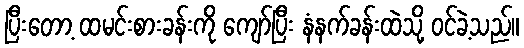
ပြီးတော့ ထမင်းစားခန်းကို ကျော်ပြီး နံနက်ခန်းထဲသို့ ဝင်ခဲ့သည်။